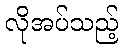
လိုအပ်သည့်